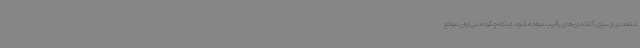
متعددی از سوی گفتمان‌های رقیب مواجه شود. اینکه چگونه می‌توان موانع